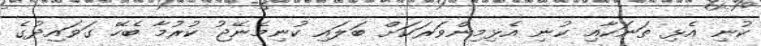
ކުނި އެޅި ތަނަކާއި ކުނި އެޅިމިންވަރަކަށް ބަލައި ކުނިމެނޭޖު ކުރުމާ ބެހޭ ގަވައިދުގެ